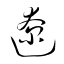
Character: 遼